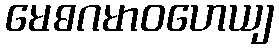
မေဓဂမာဝဟေယျ